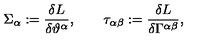
\Sigma _ { \alpha } : = { \frac { \delta L } { \delta \vartheta ^ { \alpha } } } , \qquad \tau _ { \alpha \beta } : = { \frac { \delta L } { \delta \Gamma ^ { \alpha \beta } } } ,